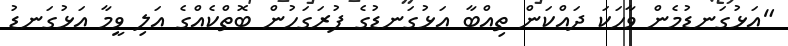
"އަޅުގަނޑުމެން ވާހަކަ ދައްކަން ތިއްބާ އަޅުގަނޑުގެ ފުރަގަހުން ބޮތްކެއްގެ އަލި ވީމާ އަޅުގަނޑު